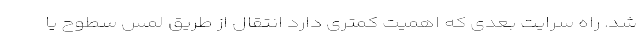
شد. راه سرایت بعدی که اهمیت کمتری دارد انتقال از طریق لمس سطوح یا